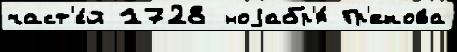
част'е́й 1728 ноjабр'я́ Гр'екова